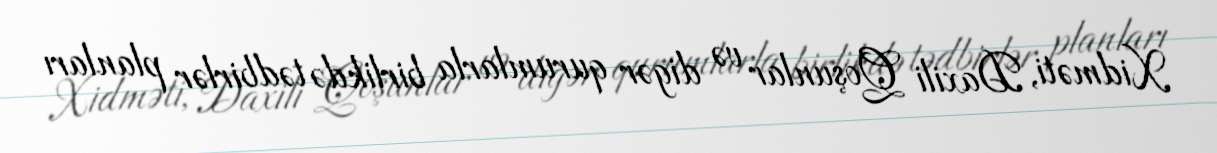
Xidməti, Daxili Qoşunlar və digər qurumlarla birlikdə tədbirlər planları